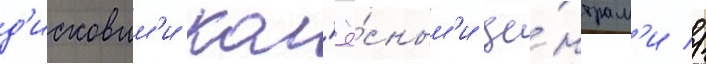
д'исковым'и кол'ё́сным'и це́нтрам'и //